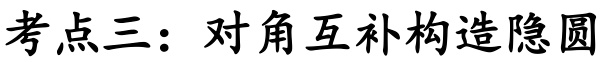
考点三：对角互补构造隐圆